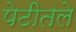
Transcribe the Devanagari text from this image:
पेटीतले